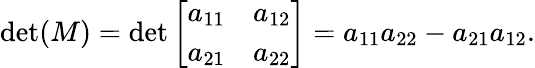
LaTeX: \operatorname*{det}(M)=\operatorname*{det}{\left[\begin{array}{ll}{a_{11}}&{a_{12}}\\ {a_{21}}&{a_{22}}\end{array}\right]}=a_{11}a_{22}-a_{21}a_{12}.